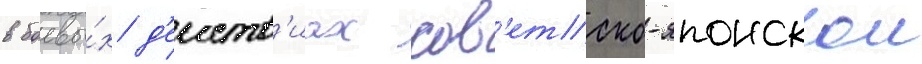
в боевы́х д'еиств'иах сов'етско-японскои